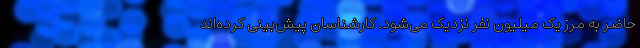
حاضر به مرز یک میلیون نفر نزدیک می‌شود. کارشناسان پیش‌بینی کرده‌اند